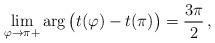
LaTeX: \begin{align*}\lim_{\varphi\to\pi +} \arg \big( t(\varphi) - t(\pi)\big) = \frac{3\pi}{2}\, ,\end{align*}